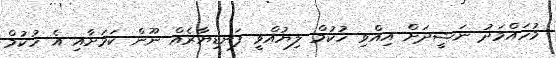
މުހައްމަދު ނަޝީދަށް އިއްވި ހުކުމް ލިޔުއްވީ ފަނޑިޔާރެއް ނޫން ކަމަށާއި އެ ހުކުމް